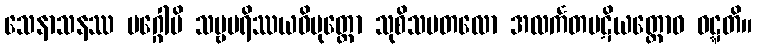
သေနာသနဿ မဂ္ဂေါပိ သဗ္ဗပရိဿယဝိမုတ္တော သုစိသမတလော အလင်္ကတပဋိယတ္တောဝ ဝဋ္ဋတိ။